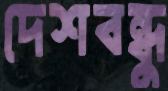
দেশবন্ধুু